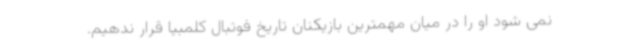
نمی شود او را در میان مهمترین بازیکنان تاریخ فوتبال کلمبیا قرار ندهیم.